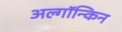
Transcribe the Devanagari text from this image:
अल्गॉन्किन